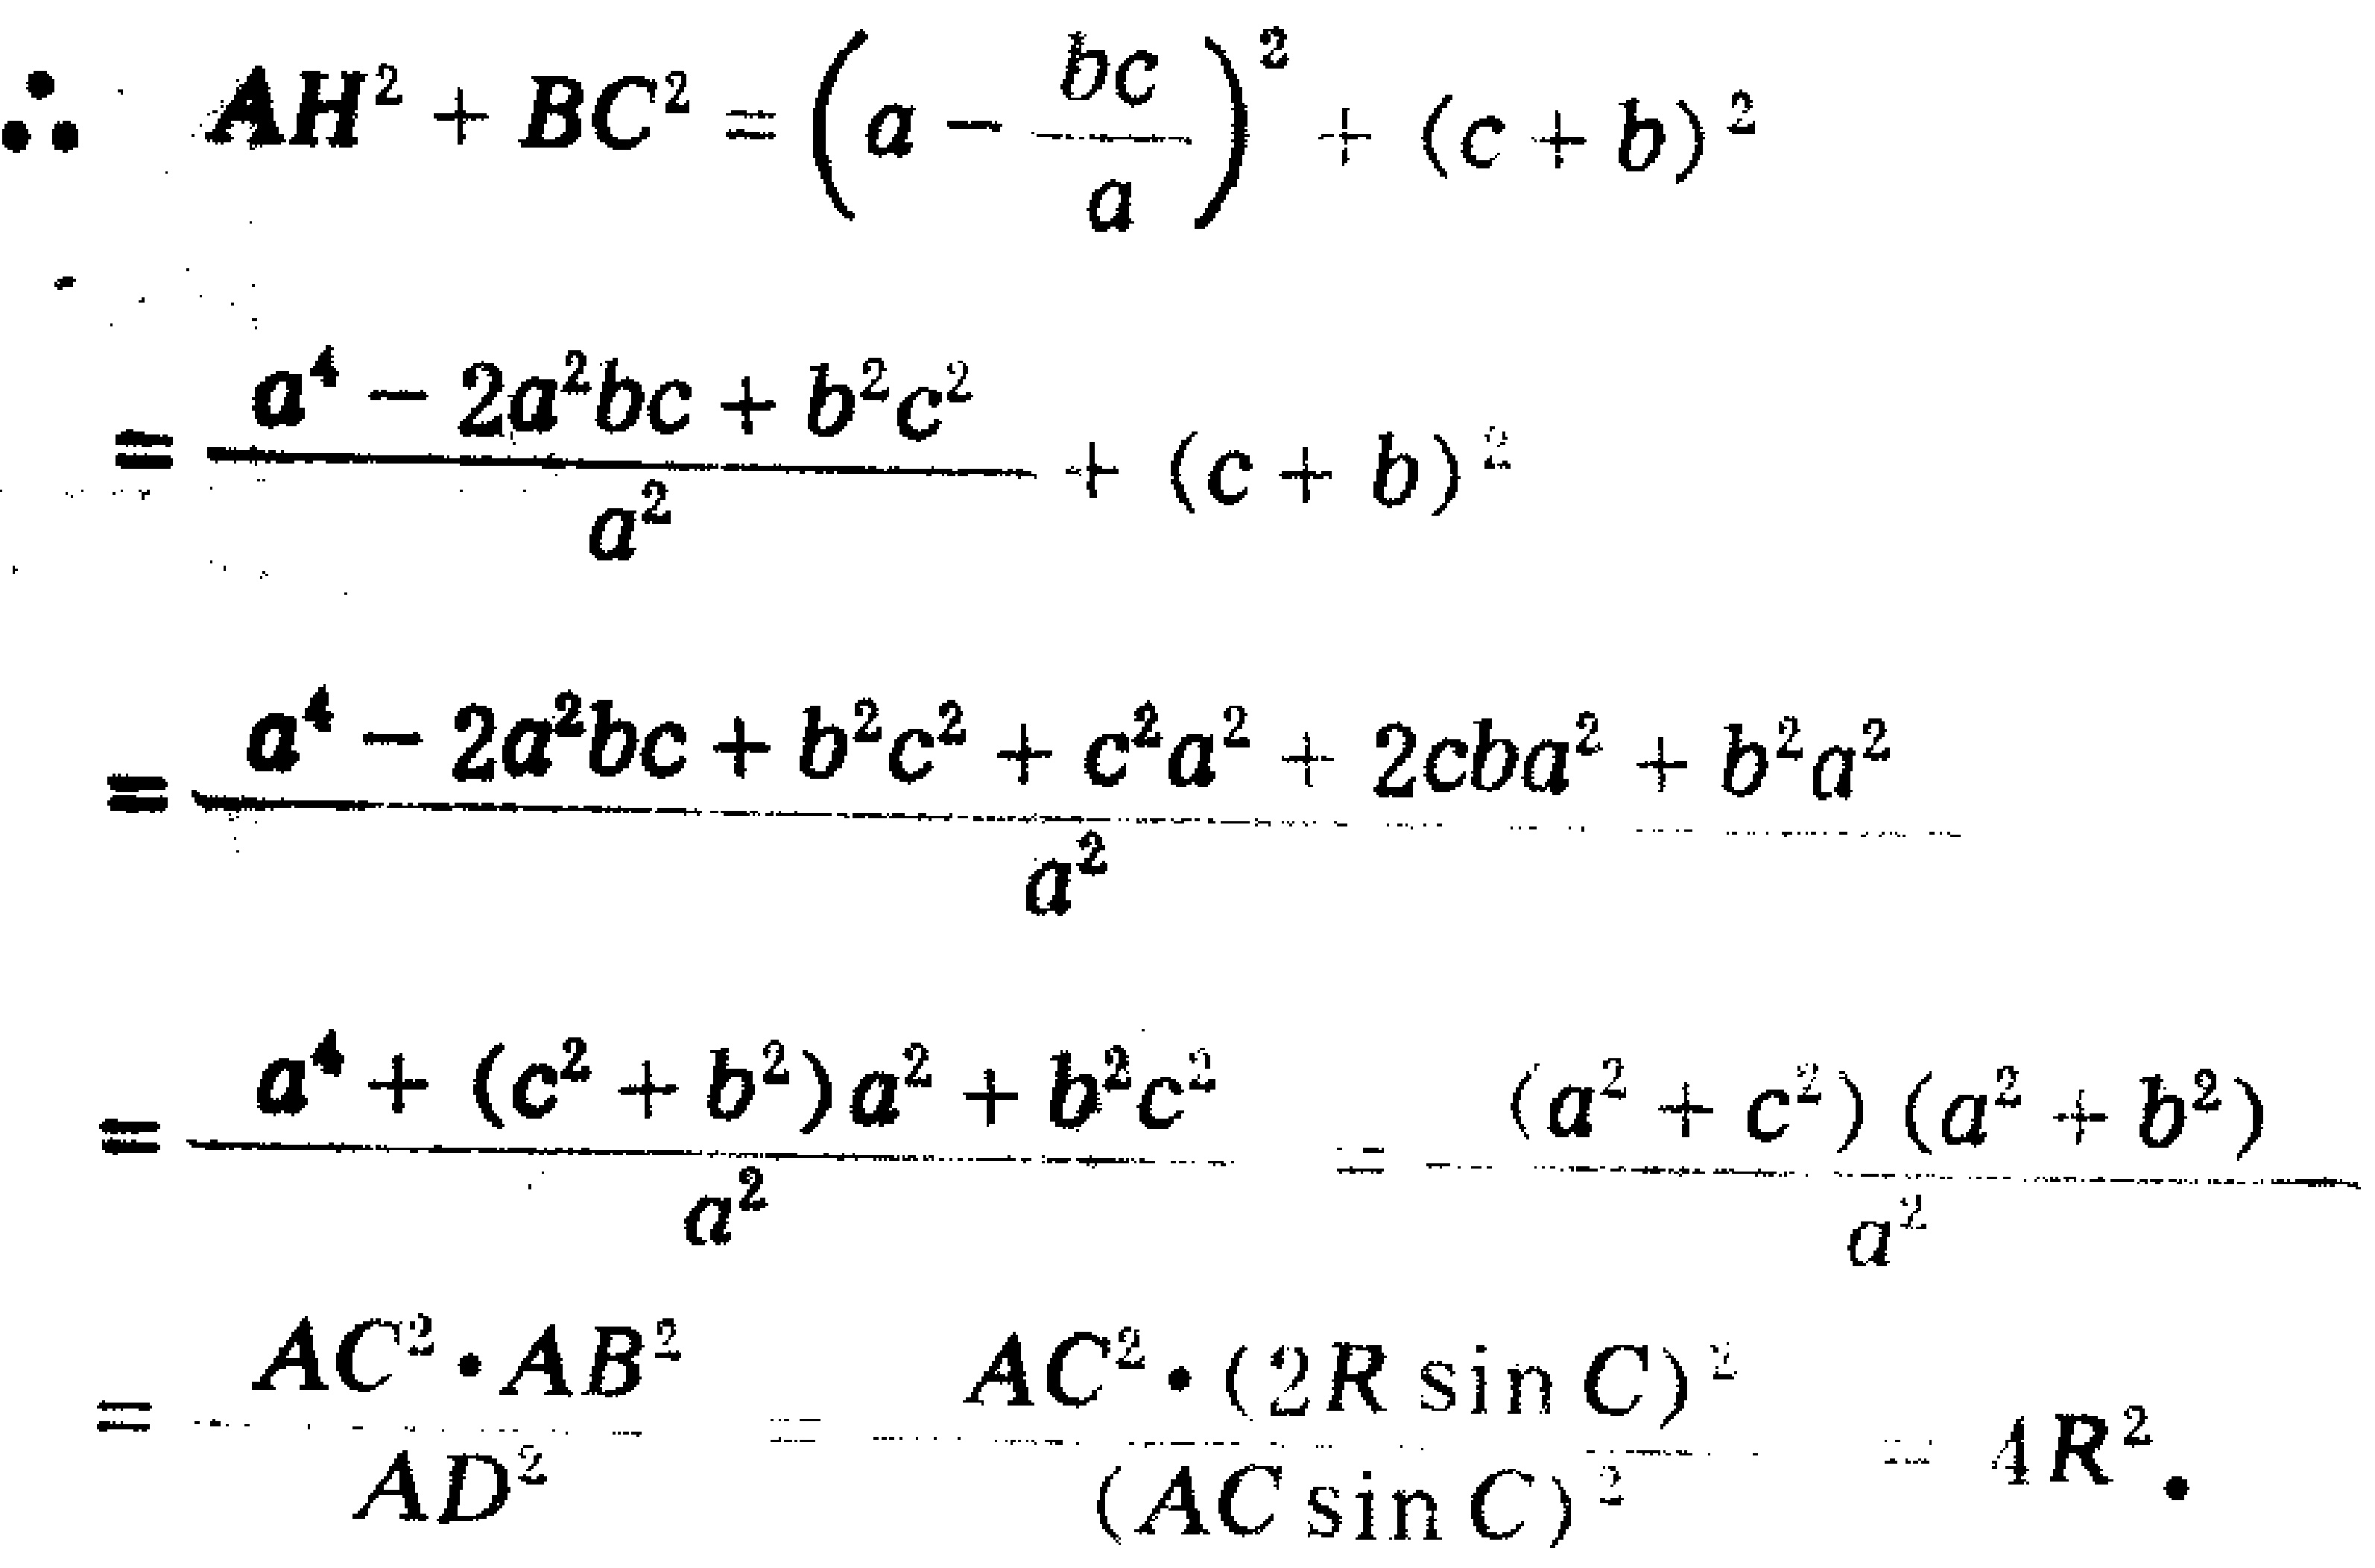
\[\begin{align*}
\therefore\ AH^{2}+BC^{2}&=\left(a - \frac{bc}{a}\right)^{2}+(c + b)^{2}\\
&=\frac{a^{4}-2a^{2}bc + b^{2}c^{2}}{a^{2}}+(c + b)^{2}\\
&=\frac{a^{4}-2a^{2}bc + b^{2}c^{2}+c^{2}a^{2}+2cba^{2}+b^{2}a^{2}}{a^{2}}\\
&=\frac{a^{4}+(c^{2}+b^{2})a^{2}+b^{2}c^{2}}{a^{2}}=\frac{(a^{2}+c^{2})(a^{2}+b^{2})}{a^{2}}\\
&=\frac{AC^{2}\cdot AB^{2}}{AD^{2}}=\frac{AC^{2}\cdot(2R\sin C)^{2}}{(AC\sin C)^{2}} = 4R^{2}.
\end{align*}\]